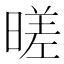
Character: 暛